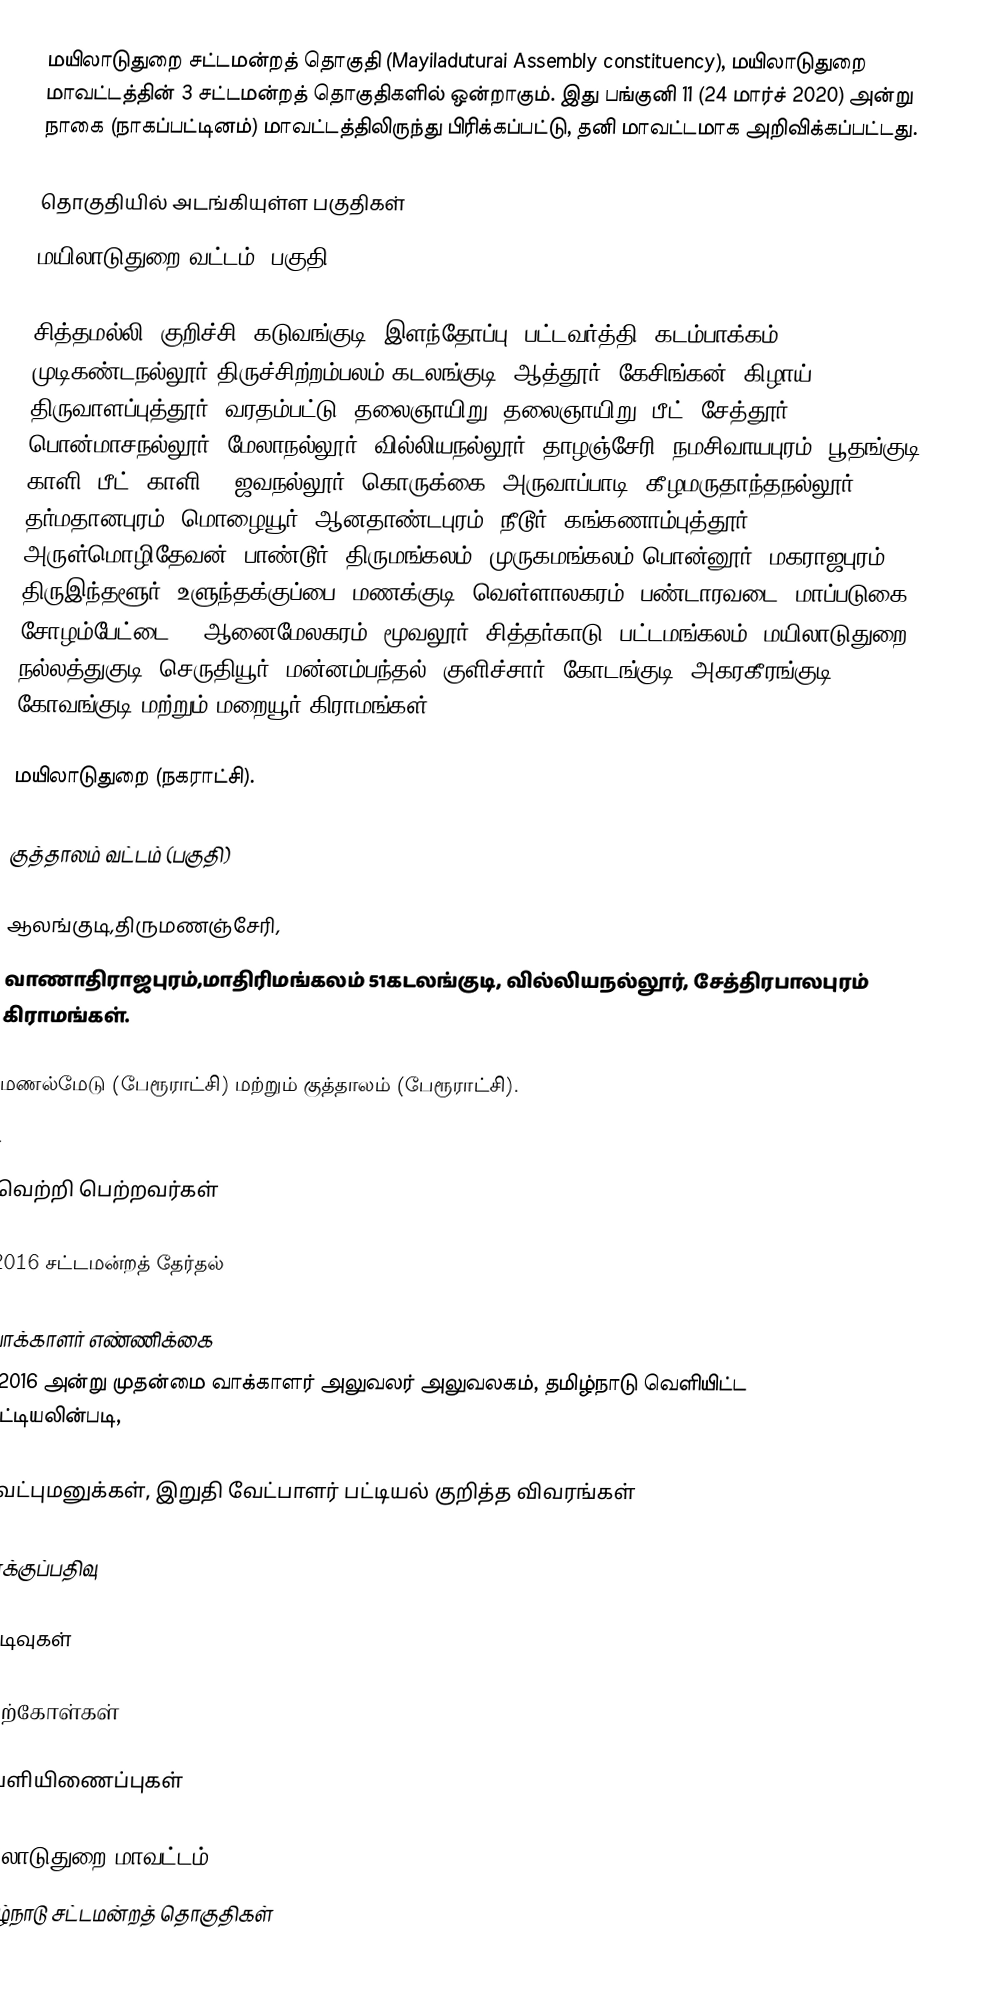
மயிலாடுதுறை சட்டமன்றத் தொகுதி (Mayiladuturai Assembly constituency), மயிலாடுதுறை மாவட்டத்தின் 3  சட்டமன்றத் தொகுதிகளில் ஒன்றாகும். இது பங்குனி 11 (24 மார்ச் 2020) அன்று நாகை (நாகப்பட்டினம்) மாவட்டத்திலிருந்து பிரிக்கப்பட்டு, தனி மாவட்டமாக அறிவிக்கப்பட்டது.

தொகுதியில் அடங்கியுள்ள பகுதிகள்
மயிலாடுதுறை வட்டம்  (பகுதி)

சித்தமல்லி, குறிச்சி, கடுவங்குடி, இளந்தோப்பு, பட்டவர்த்தி, கடம்பாக்கம், முடிகண்டநல்லூர் திருச்சிற்றம்பலம்,கடலங்குடி, ஆத்தூர், கேசிங்கன், கிழாய், திருவாளப்புத்தூர், வரதம்பட்டு, தலைஞாயிறு, தலைஞாயிறு 2பீட், சேத்தூர், பொன்மாசநல்லூர், மேலாநல்லூர், வில்லியநல்லூர், தாழஞ்சேரி, நமசிவாயபுரம், பூதங்குடி, காளி 2பீட், காளி 1, ஜவநல்லூர், கொருக்கை, அருவாப்பாடி, கீழமருதாந்தநல்லூர், தர்மதானபுரம், மொழையூர், ஆனதாண்டபுரம், நீடூர், கங்கணாம்புத்தூர், அருள்மொழிதேவன், பாண்டூர், திருமங்கலம், முருகமங்கலம்,பொன்னூர், மகராஜபுரம், திருஇந்தளூர், உளுந்தக்குப்பை, மணக்குடி, வெள்ளாலகரம், பண்டாரவடை, மாப்படுகை, சோழம்பேட்டை, , ஆனைமேலகரம், மூவலூர், சித்தர்காடு, பட்டமங்கலம், மயிலாடுதுறை, நல்லத்துகுடி, செருதியூர், மன்னம்பந்தல், குளிச்சார், கோடங்குடி, அகரகீரங்குடி, கோவங்குடி மற்றும் மறையூர் கிராமங்கள்.

மயிலாடுதுறை (நகராட்சி).

குத்தாலம் வட்டம்  (பகுதி)

ஆலங்குடி,திருமணஞ்சேரி,
வாணாதிராஜபுரம்,மாதிரிமங்கலம் 51கடலங்குடி, வில்லியநல்லூர், சேத்திரபாலபுரம் கிராமங்கள்.

மணல்மேடு (பேரூராட்சி) மற்றும் குத்தாலம் (பேரூராட்சி).
.

வெற்றி பெற்றவர்கள்

2016 சட்டமன்றத் தேர்தல்

வாக்காளர் எண்ணிக்கை
, 2016 அன்று முதன்மை வாக்காளர் அலுவலர் அலுவலகம், தமிழ்நாடு வெளியிட்ட பட்டியலின்படி,

வேட்புமனுக்கள், இறுதி வேட்பாளர் பட்டியல் குறித்த விவரங்கள்

வாக்குப்பதிவு

முடிவுகள்

மேற்கோள்கள்

வெளியிணைப்புகள்

மயிலாடுதுறை மாவட்டம்
தமிழ்நாடு சட்டமன்றத் தொகுதிகள்